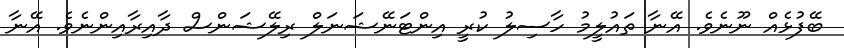
ބޭފުޅެއް ނޫނެވެ. އޭނާ ތައުލީމު ހާސިލު ކުރީ އިންޓަނޭޝަނަލް ރިލޭޝަންސް ދާއިރާއިންނެވެ. އޭނާ